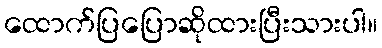
ထောက်ပြပြောဆိုထားပြီးသားပါ။